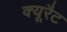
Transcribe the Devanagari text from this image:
क्यूरैट